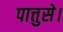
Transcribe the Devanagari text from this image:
पात्तुसे।